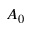
A _ { 0 }